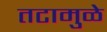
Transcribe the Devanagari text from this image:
तटामुळे